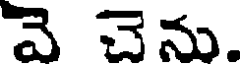
వె చెను.